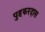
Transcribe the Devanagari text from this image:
पुहकरदास